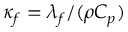
\kappa _ { f } = \lambda _ { f } / ( \rho C _ { p } )